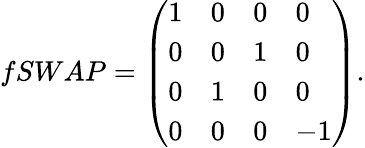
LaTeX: fSWAP=\left(\begin{array}{llll}{1}&{0}&{0}&{0}\\ {0}&{0}&{1}&{0}\\ {0}&{1}&{0}&{0}\\ {0}&{0}&{0}&{-1}\end{array}\right).